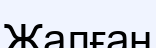
Жалған